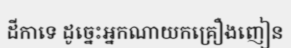
ដីកាទេ ដូច្នេះអ្នកណាយកគ្រឿងញៀន